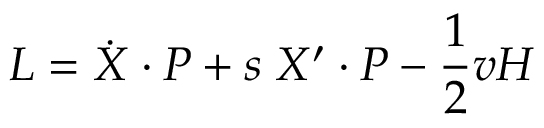
{ \cal L } = \dot { X } \cdot P + s \; X ^ { \prime } \cdot P - { \frac { 1 } { 2 } } v { \cal H }